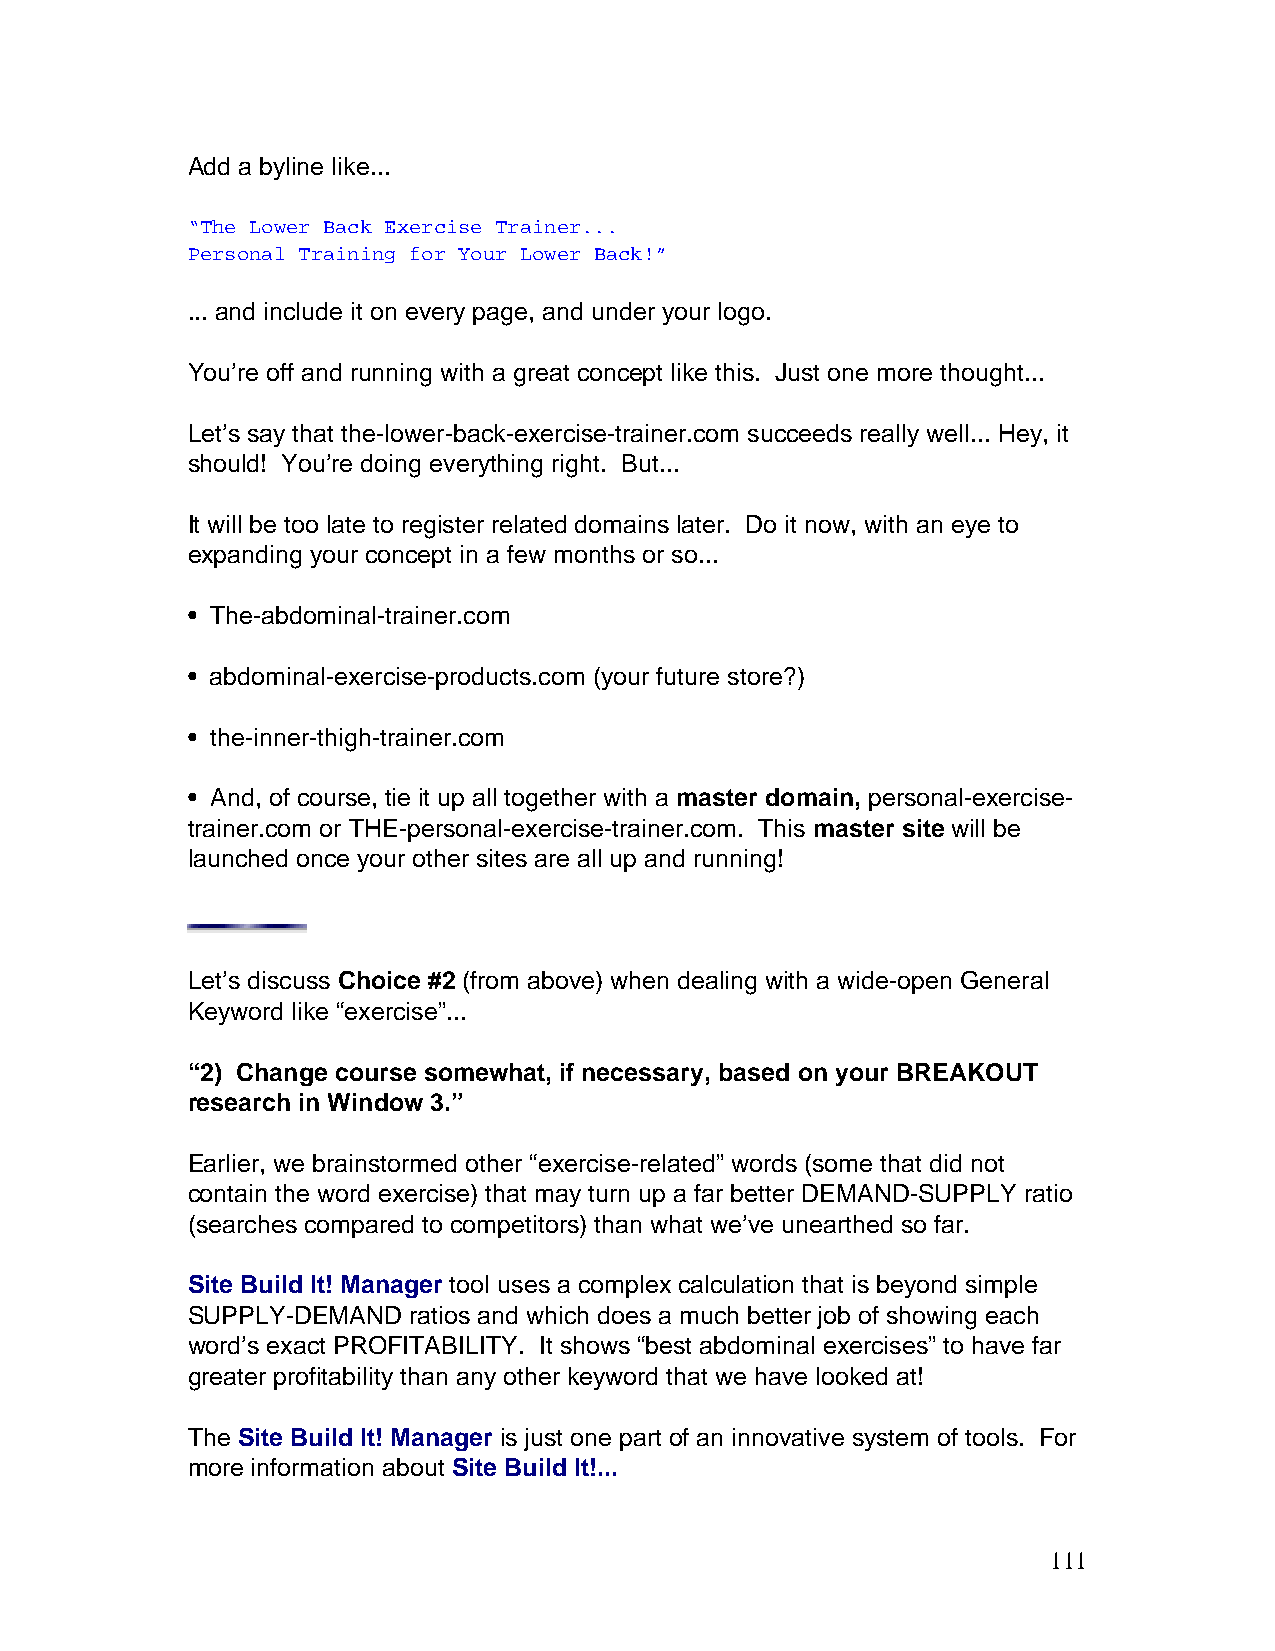
Add a byline like...
 “The Lower Back Exercise Trainer...
 Personal Training for Your Lower Back!”
 ... and include it on every page, and under your logo.
 You’re off and running with a great concept like this. Just one more thought...
 Let’s say that the-lower-back-exercise-trainer.com succeeds really well... Hey, it
 should! You’re doing everything right. But...
 It will be too late to register related domains later. Do it now, with an eye to
 expanding your concept in a few months or so...
 • The-abdominal-trainer.com
 • abdominal-exercise-products.com (your future store?)
 • the-inner-thigh-trainer.com
 • And, of course, tie it up all together with a master domain, personal-exercise-
 trainer.com or THE-personal-exercise-trainer.com. This master site will be
 launched once your other sites are all up and running!
 Let’s discuss Choice #2 (from above) when dealing with a wide-open General
 Keyword like “exercise”...
 “2) Change course somewhat, if necessary, based on your BREAKOUT
 research in Window 3.”
 Earlier, we brainstormed other “exercise-related” words (some that did not
 contain the word exercise) that may turn up a far better DEMAND-SUPPLY ratio
 (searches compared to competitors) than what we’ve unearthed so far.
 Site Build It! Manager tool uses a complex calculation that is beyond simple
 SUPPLY-DEMAND  ratios and which does a much better job of showing each
 word’s exact PROFITABILITY. It shows “best abdominal exercises” to have far
 greater profitability than any other keyword that we have looked at!
 The Site Build It! Manager is just one part of an innovative system of tools. For
 more information about Site Build It!...
 111